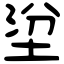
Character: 𡌂